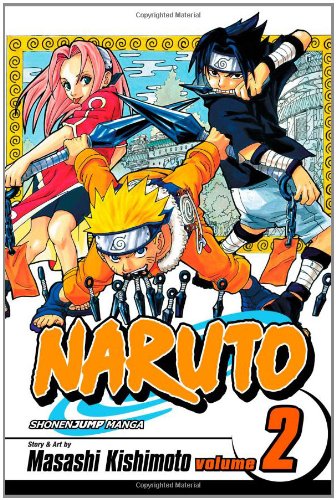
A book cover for Naruto, Vol. 2: The Worst Client; Children's Books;